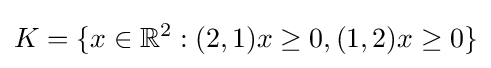
K=\{x\in \mathbb {R} ^{2}:(2,1)x\geq 0,(1,2)x\geq 0\}